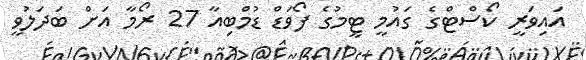
އައިވަރީ ކޯސްޓްގެ ގައުމީ ޓީމުގެ ފޯވަޑް ޑުމްބިއާ 27 ރޯމާ އަށް ބަަދަލުވީ